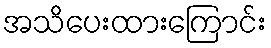
အသိပေးထားကြောင်း